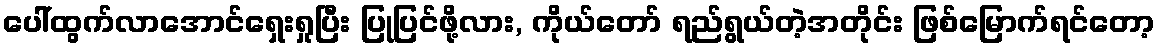
ပေါ်ထွက်လာအောင်ရှေးရှုပြီး ပြုပြင်ဖို့လား, ကိုယ်တော် ရည်ရွယ်တဲ့အတိုင်း ဖြစ်မြောက်ရင်တော့